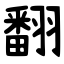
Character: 翻